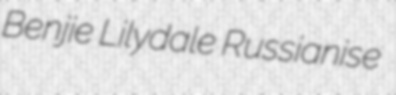
Benjie Lilydale Russianise